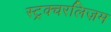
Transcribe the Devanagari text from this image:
स्ट्रक्चरलिज़म